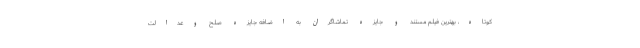
کوتاه، بهترین فیلم مستند و جایزه تماشاگران به اضافه جايزه صلح وعدالت